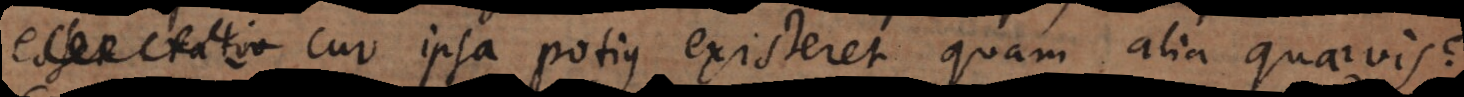
esset ratio cur ipsa potius existeret quam alia quaevis?